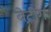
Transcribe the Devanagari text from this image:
बेटींग